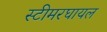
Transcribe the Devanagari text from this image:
स्टीमरघायल